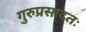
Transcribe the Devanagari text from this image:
गुरुप्रसादतः